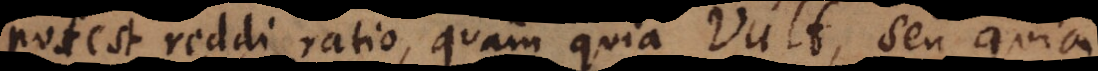
potest reddi ratio, quam quia vult, seu quia